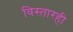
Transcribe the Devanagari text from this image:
विस्तारही